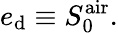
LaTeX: e_{\mathrm{d}}\equiv S_{0}^{\mathrm{air}}.